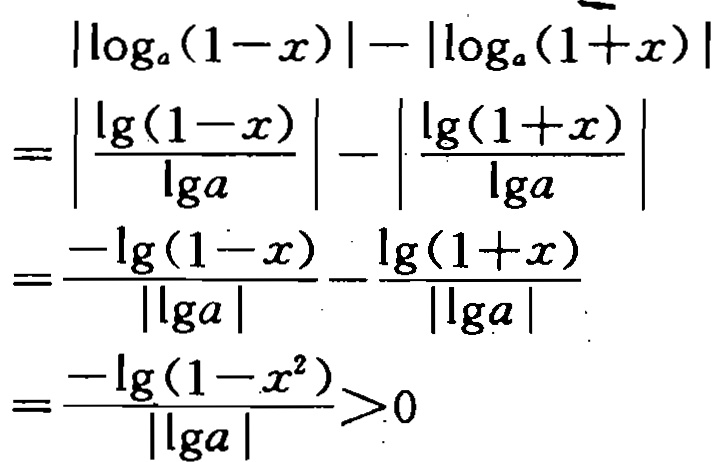
\[
\begin{align*}
&|\log_{a}(1 - x)|-|\log_{a}(1 + x)|\\
=&\left|\frac{\lg(1 - x)}{\lg a}\right|-\left|\frac{\lg(1 + x)}{\lg a}\right|\\
=&\frac{-\lg(1 - x)}{|\lg a|}-\frac{\lg(1 + x)}{|\lg a|}\\
=&\frac{-\lg(1 - x^{2})}{|\lg a|}>0
\end{align*}
\]